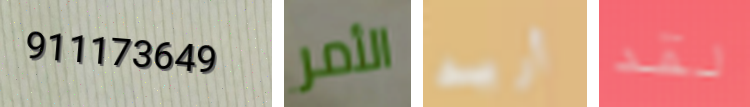
911173649 الأمر أريد لقد